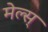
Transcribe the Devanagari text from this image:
मेल्स्